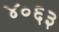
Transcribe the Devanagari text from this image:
४०६३